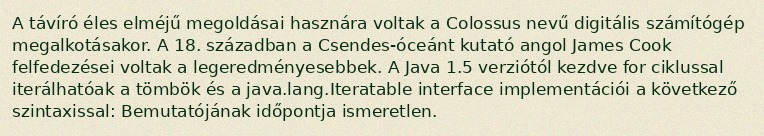
A távíró éles elméjű megoldásai hasznára voltak a Colossus nevű digitális számítógép megalkotásakor. A 18. században a Csendes-óceánt kutató angol James Cook felfedezései voltak a legeredményesebbek. A Java 1.5 verziótól kezdve for ciklussal iterálhatóak a tömbök és a java.lang.Iteratable interface implementációi a következő szintaxissal: Bemutatójának időpontja ismeretlen.